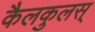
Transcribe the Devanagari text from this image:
कैलकुलस्‌